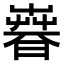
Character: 𣊨